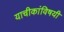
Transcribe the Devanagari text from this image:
याचीकांविषयी